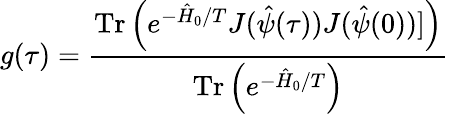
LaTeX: g(\tau)=\frac{\mathrm{Tr}\left(e^{-\hat{H}_{0}/T}J(\hat{\psi}(\tau))J(\hat{\psi}(0))]\right)}{\mathrm{Tr}\left(e^{-\hat{H}_{0}/T}\right)}\,